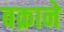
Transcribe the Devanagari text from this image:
बक्राने